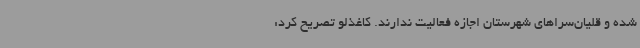
شده و قلیان‌سراهای شهرستان اجازه فعالیت ندارند. کاغذلو تصریح کرد: